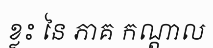
ខ្លះ នៃ ភាគ កណ្តាល